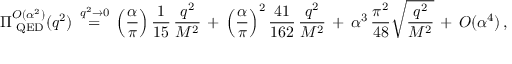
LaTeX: \Pi _ { \mathrm { \tiny ~ Q E D } } ^ { { \cal { O } } ( \alpha ^ { 2 } ) } ( q ^ { 2 } ) \, \stackrel { q ^ { 2 } \to 0 } { = } \, \Big ( \frac { \alpha } { \pi } \Big ) \, \frac { 1 } { 1 5 } \, \frac { q ^ { 2 } } { M ^ { 2 } } \, + \, \Big ( \frac { \alpha } { \pi } \Big ) ^ { 2 } \, \frac { 4 1 } { 1 6 2 } \, \frac { q ^ { 2 } } { M ^ { 2 } } \, + \, \alpha ^ { 3 } \, \frac { \pi ^ { 2 } } { 4 8 } \sqrt { \frac { q ^ { 2 } } { M ^ { 2 } } } \, + \, { \cal { O } } ( \alpha ^ { 4 } ) \, ,